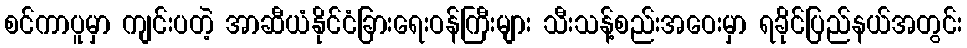
စင်ကာပူမှာ ကျင်းပတဲ့ အာဆီယံနိုင်ငံခြားရေးဝန်ကြီးများ သီးသန့်စည်းအဝေးမှာ ရခိုင်ပြည်နယ်အတွင်း